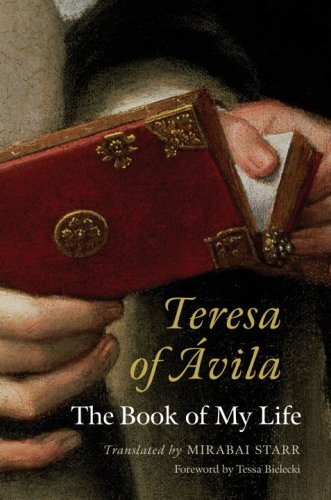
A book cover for Teresa of Avila: The Book of My Life; Mirabai Starr; Christian Books & Bibles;